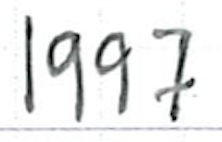
Text: 1997
Cross-out: clean
Writing tool: ballpoint